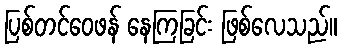
ပြစ်တင်ဝေဖန် နေကြခြင်း ဖြစ်လေသည်။